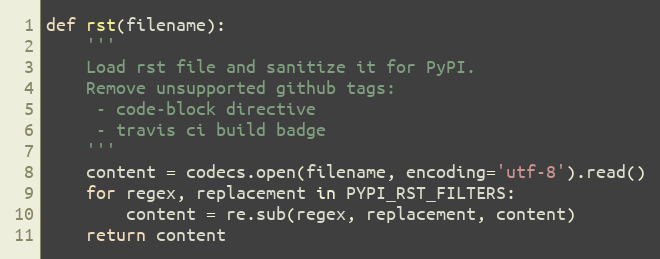
Language: Python
def rst(filename):
    '''
    Load rst file and sanitize it for PyPI.
    Remove unsupported github tags:
     - code-block directive
     - travis ci build badge
    '''
    content = codecs.open(filename, encoding='utf-8').read()
    for regex, replacement in PYPI_RST_FILTERS:
        content = re.sub(regex, replacement, content)
    return content